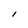
Character: i